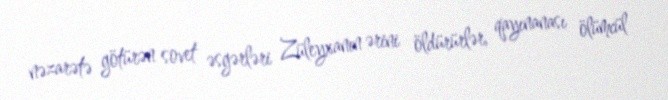
nəzarətə götürən sovet əsgərləri Züleyxanın ərini öldürürlər, qayınanası ölümcül